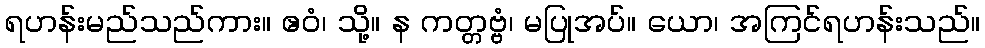
ရဟန်းမည်သည်ကား။ ဧဝံ၊ သို့။ န ကတ္တဗ္ဗံ၊ မပြုအပ်။ ယော၊ အကြင်ရဟန်းသည်။